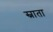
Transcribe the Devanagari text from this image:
स्नाता